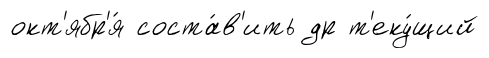
окт'ябр'я́ соста́в'ить др т'еку́щий